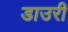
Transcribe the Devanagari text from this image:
डाउरी